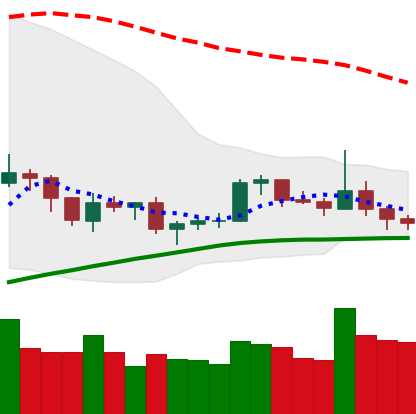
Ticker: LTC-USD
Chart end date: 2019-08-08
Forward return: -6.248%
Label: down_5_7